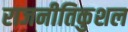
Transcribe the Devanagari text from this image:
राजनीतिकुशल